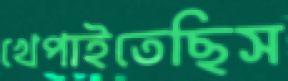
খেপাইতেছিস